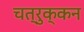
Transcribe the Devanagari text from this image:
चत्रुक्कन